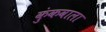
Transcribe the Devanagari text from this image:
कुंकवाला